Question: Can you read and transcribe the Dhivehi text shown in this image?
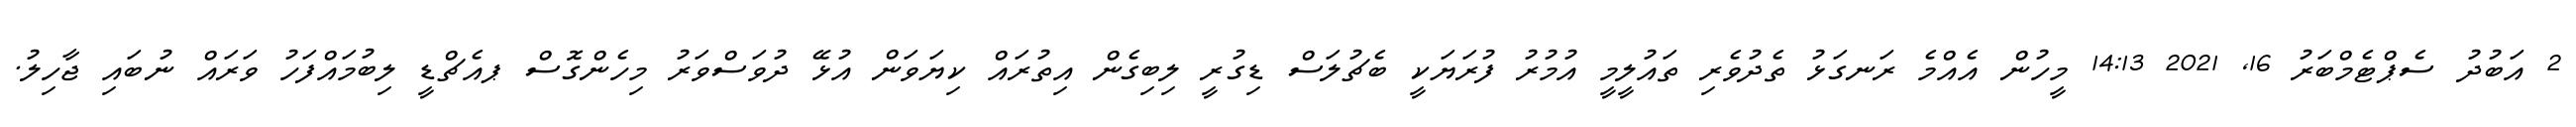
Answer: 2 އަބުދު ސެޕްޓެމްބަރު 16, 2021 14:13 މީހުން އެއްމެ ރަނގަޅު ތެދުވެރި ތައުލީމީ އުމުރު ފުރަޔަކީ ބެޗުލަސް ޑިގުރީ ލިބިގެން އިތުރައް ކިޔަވަން އުޅޭ ދުވަސްވަރު މިހެންގޮސް ޕއެޗްޑީ ލިބުމައްފަހު ވަރައް ނުބައި ޖާހިލު.